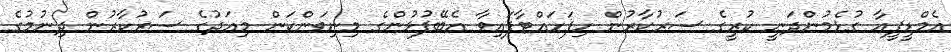
އެމްޑީޕީއާ ގުޅެމުންދަނީ ކުރީގެ ސަރުކާރުން ހިފަހައްޓާފައިވާ އެބޭފުޅުންގެ މިނިވަންކަން މިއަދުގެ ސަރުކާރުން ދިނުމުގެ